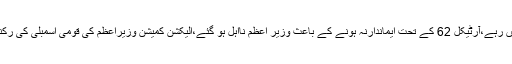
ان کا کہناتھا کہ عوام، عوامی نمایندوں،سپریم کورٹ کے سامنے وزیر اعظم ایماندار نہیں رہے،آرٹیکل 62 کے تحت ایماندارنہ ہونے کے باعث وزیر اعظم نااہل ہو گئے،الیکشن کمیشن وزیراعظم کی قومی اسمبلی کی رکنیت ختم کرے ،الیکشن کمیشن کے نوٹیفکیشن کے بعد وہ وزیر اعظم بھی نہیں رہیں گے۔